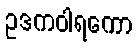
ဥဒကဝါရကော